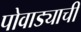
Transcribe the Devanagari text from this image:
पोवाड्याची